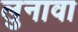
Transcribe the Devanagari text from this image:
लुनावा